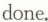
done, )